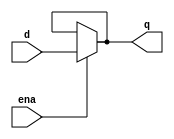
// https://hdlbits.01xz.net/wiki/Exams/m2014_q4a

module top_module (
    input d,
    input ena,
    output q);

    assign q = ena ? d : q;
endmodule